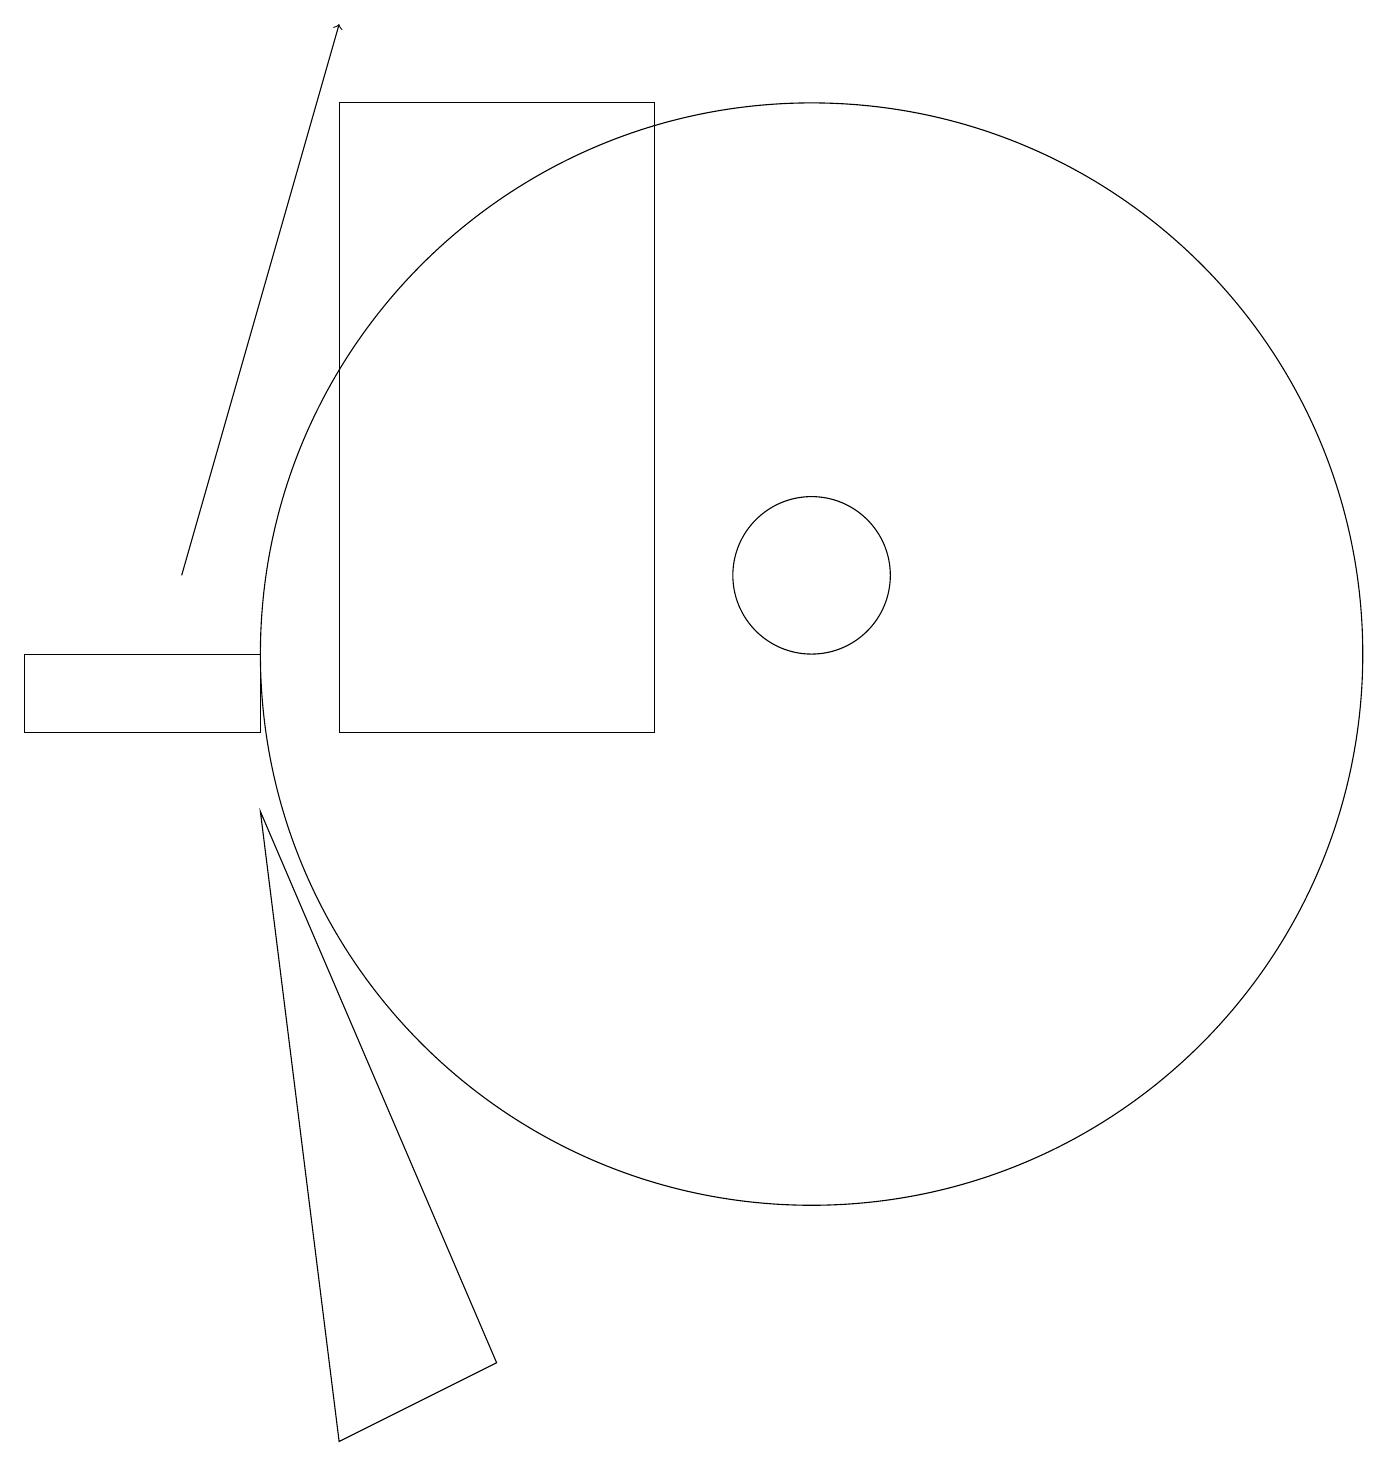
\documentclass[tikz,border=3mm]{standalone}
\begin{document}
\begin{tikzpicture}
\draw[->] (2,12) -- (4,19);
\draw (10,11) circle (7);
\draw (3,10) rectangle (0,11);
\draw (10,12) circle (1);
\draw (6,2) -- (3,9) -- (4,1) -- cycle;
\draw (8,18) rectangle (4,10);
\draw (11,12) circle (0);
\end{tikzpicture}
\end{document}